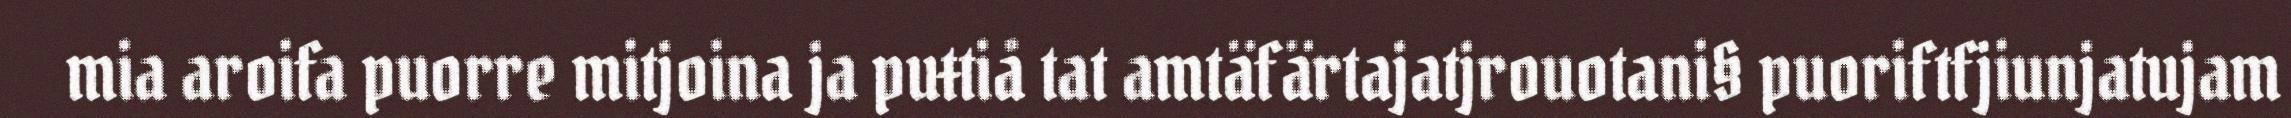
mia aroifa puorre mitjoina ja puŧtiå tat amtäfärtajatjrouotani§ puoriftfjiunjatujam